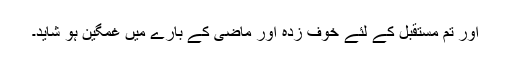
اور تم مستقبل کے لئے خوف زدہ اور ماضی کے بارے میں غمگین ہو شاید۔